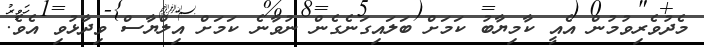
މެދުވެރިވުމުން އެއީ ކާމިޔާބު ކަމަށް ބަލައިގަނެގެން ނުވާނެ ކަމަށް އިލްޔާސް ވިދާޅުވި އެވެ.